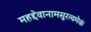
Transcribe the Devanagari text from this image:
महद्देवानामसुरत्वमेकं